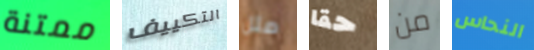
ممتنة التكييف مثل حقا من النحاس